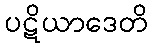
ပဋိယာဒေတိ